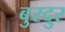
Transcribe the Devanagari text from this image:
बुरदुर